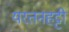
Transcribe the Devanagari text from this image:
यरतनहट्टी